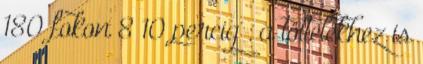
180 fokon 8 10 percig . a töltelékhez is